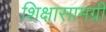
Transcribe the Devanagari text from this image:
शिक्षासामग्री